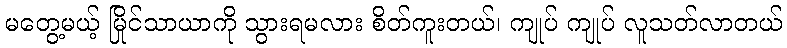
မတွေ့မယ့် မြိုင်သာယာကို သွားရမလား စိတ်ကူးတယ်၊ ကျုပ် ကျုပ် လူသတ်လာတယ်